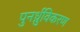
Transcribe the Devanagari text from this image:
पुनर्ध्रुविकरण